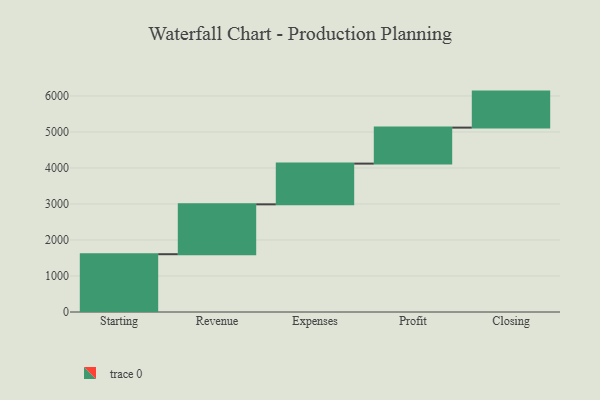
{"axis": {"x": "Step", "y": "Value"}, "legend": [""], "data": [{"x": "Starting", "y": 1605.0, "type": ""}, {"x": "Revenue", "y": 1385.0, "type": ""}, {"x": "Expenses", "y": 1131.0, "type": ""}, {"x": "Profit", "y": 1000, "type": ""}, {"x": "Closing", "y": 1000, "type": ""}]}